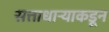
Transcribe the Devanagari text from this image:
सत्ताधाऱ्याकडून